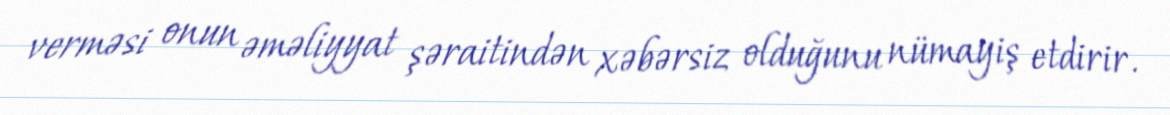
verməsi onun əməliyyat şəraitindən xəbərsiz olduğunu nümayiş etdirir.